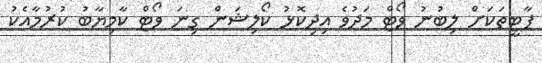
ޕާޓީތަކަށް ލިބުނު ވޯޓް މަދުވެ އިދިކޮޅު ކޯލިޝަން ގިނަ ވޯޓް ކާމިޔާބު ކުރުމާއެކު